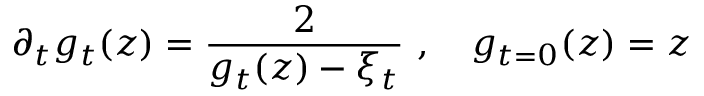
\partial _ { t } g _ { t } ( z ) = \frac { 2 } { g _ { t } ( z ) - \xi _ { t } } \ , \quad g _ { t = 0 } ( z ) = z